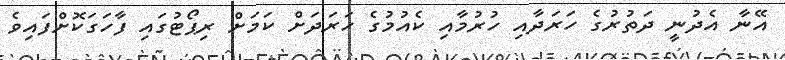
އޭނާ އެދުނީ ދަތުރުގެ ހަރަދާއި ހުރުމާއި ކެއުމުގެ ހަރަދަށް ކަމަށް ރިޕޯޓުގައި ފާހަގަކޮށްފައިވެ